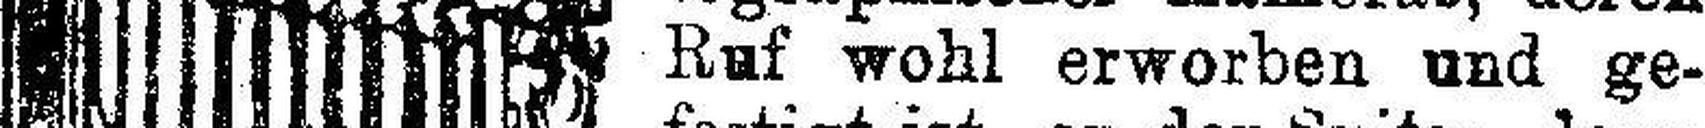
Ruf wohl erworben und ge¬